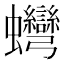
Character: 䘎